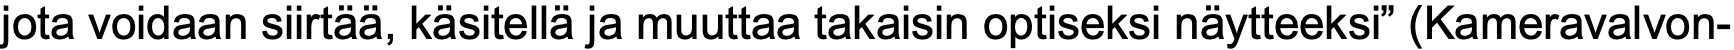
jota voidaan siirtää, käsitellä ja muuttaa takaisin optiseksi näytteeksi” (Kameravalvon-